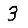
Digit: 3